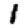
Digit: 1